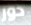
دور